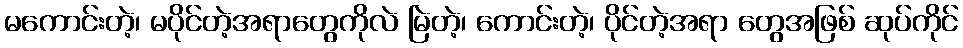
မကောင်းတဲ့၊ မပိုင်တဲ့အရာတွေကိုလဲ မြဲတဲ့၊ ကောင်းတဲ့၊ ပိုင်တဲ့အရာ တွေအဖြစ် ဆုပ်ကိုင်